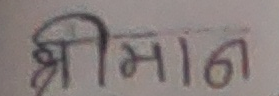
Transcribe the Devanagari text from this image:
श्रीमान